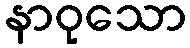
နာဝုသော